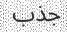
جذب